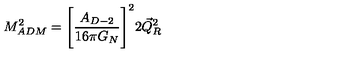
M _ { A D M } ^ { 2 } = \Biggl [ \frac { A _ { D - 2 } } { 1 6 \pi G _ { N } } \Biggr ] ^ { 2 } 2 \vec { Q } _ { R } ^ { 2 }